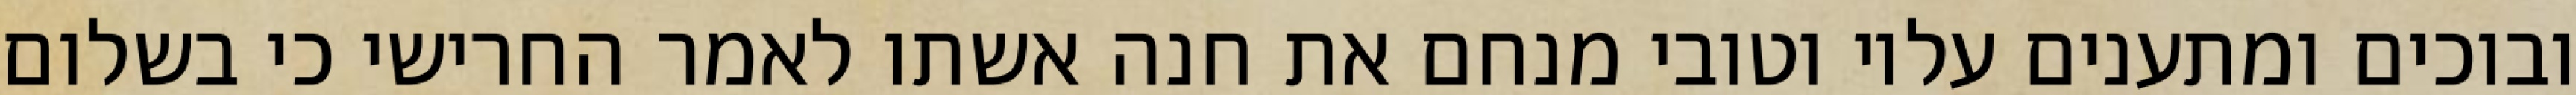
ובוכים ומתענים עליו וטובי מנחם את חנה אשתו לאמר החרישי כי בשלום